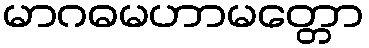
မာဂဓမဟာမတ္တော